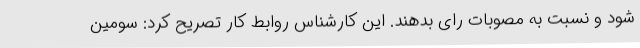
شود و نسبت به مصوبات رای بدهند. این کارشناس روابط کار تصریح کرد: سومین